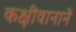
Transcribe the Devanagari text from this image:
कक्षीवानाने